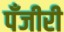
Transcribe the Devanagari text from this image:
पँजीरी